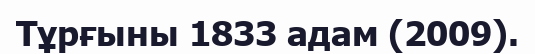
Тұрғыны 1833 адам (2009).